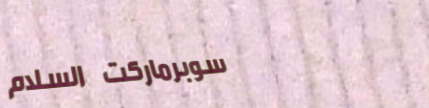
سوبرماركت السلام